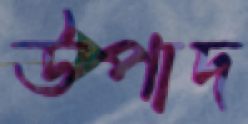
উপাদ